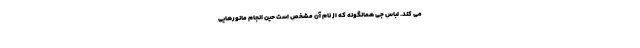
می کند. لباس جی همانگونه که از نام آن مشخص است حین انجام مانورهایی